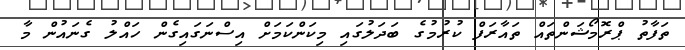
ތަފާތު ޕްރޮމޯޝަންތައް ތައާރަފް ކުރުމުގެ ބަދަލުގައި މިކަންކަމަށް އިސްނަގައިގެން ހައްލު ގެނައުން މާ